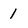
Character: 1